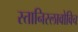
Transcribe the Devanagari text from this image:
स्तानिस्लावोविच